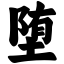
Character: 堕